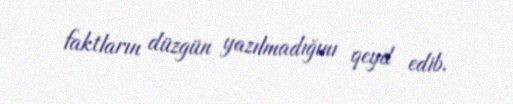
faktların düzgün yazılmadığını qeyd edib.